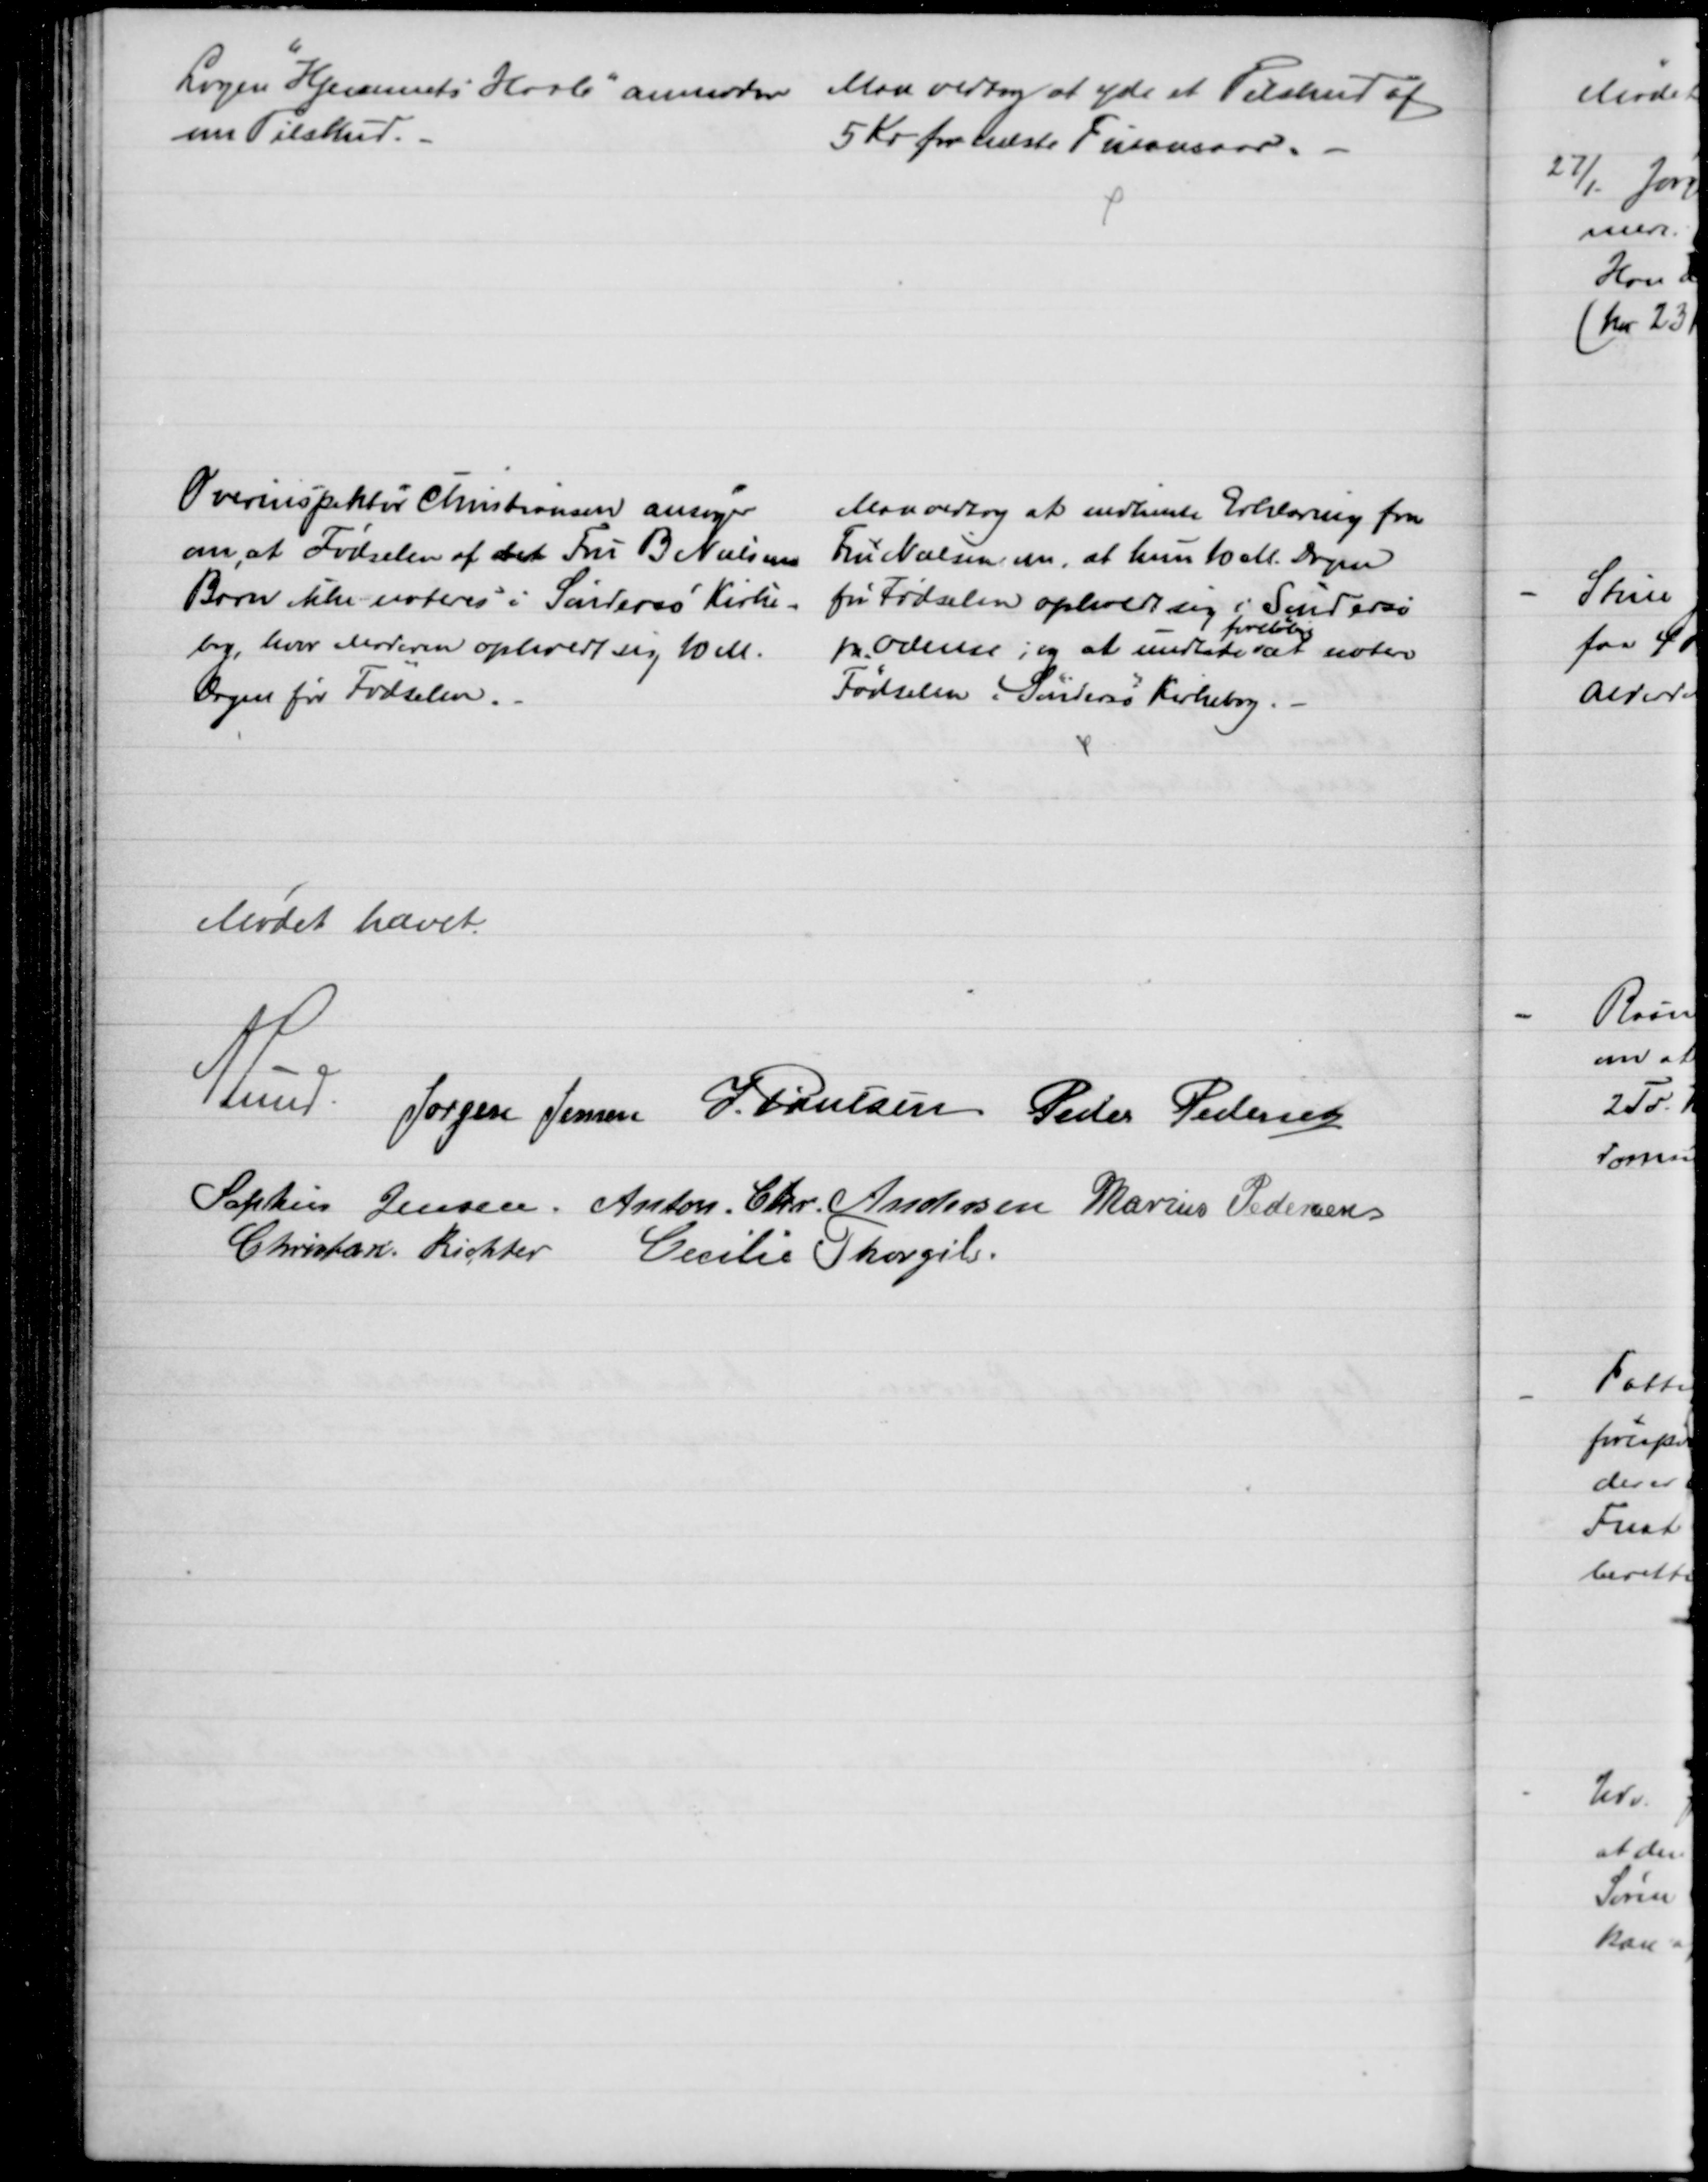
Transskription:
Logen "Hjemmets Haab" anmoder 
om Tilskud.
Man vedtog at yde et Tilskud af
5 Kr for næste Finansaar.
Overinspektør Christiansen ansøger
om, at Fødselen af det Fru B. Nielsen
Barn ikke noteres i Søndersø Kirke-
bog, hvor Moderen opholdt en 10 M.
Dagen før Fødselen.
Man vedtog at indhente Erklæring fra
Fru Nielsen om, at hun 10 M. Dagen
før Fødselen opholdt sig i Søndersø
pr. Odense, og at undlade
foreløbig
at notere
Fødselen i Søndersø Kirkebog.
Mødet hævet.
A Lund. Jørgen Jensen J. Poulsen Peder Pedersen
Sophus Jensen. Anton. Chr. Andersen Marius Pedersen
Christian Richter Cecilie Thorgils.